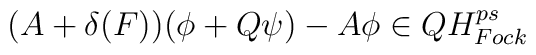
(A+\delta (F))(\phi +Q\psi )-A\phi \in QH_{Fock}^{ps}